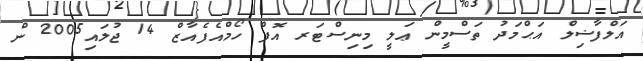
އަލްފާޟިލް އަޙްމަދު ތަސްމީން ޢަލީ މިނިސްޓަރ އޮފް ހޯމްއެފެއާޒް 14 ޖުލައި2005 ން